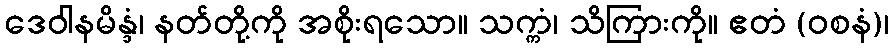
ဒေဝါနမိန္ဒံ၊ နတ်တို့ကို အစိုးရသော။ သက္ကံ၊ သိကြားကို။ ဧတံ (ဝစနံ)၊